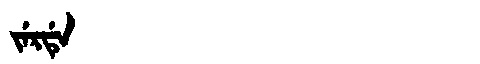
Manchu: ᠵᡝᡵᡩᡝ
Romanization: JERDE